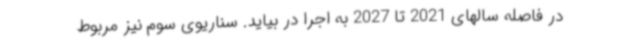
در فاصله سالهای 2021 تا 2027 به اجرا در بیاید. سناریوی سوم نیز مربوط